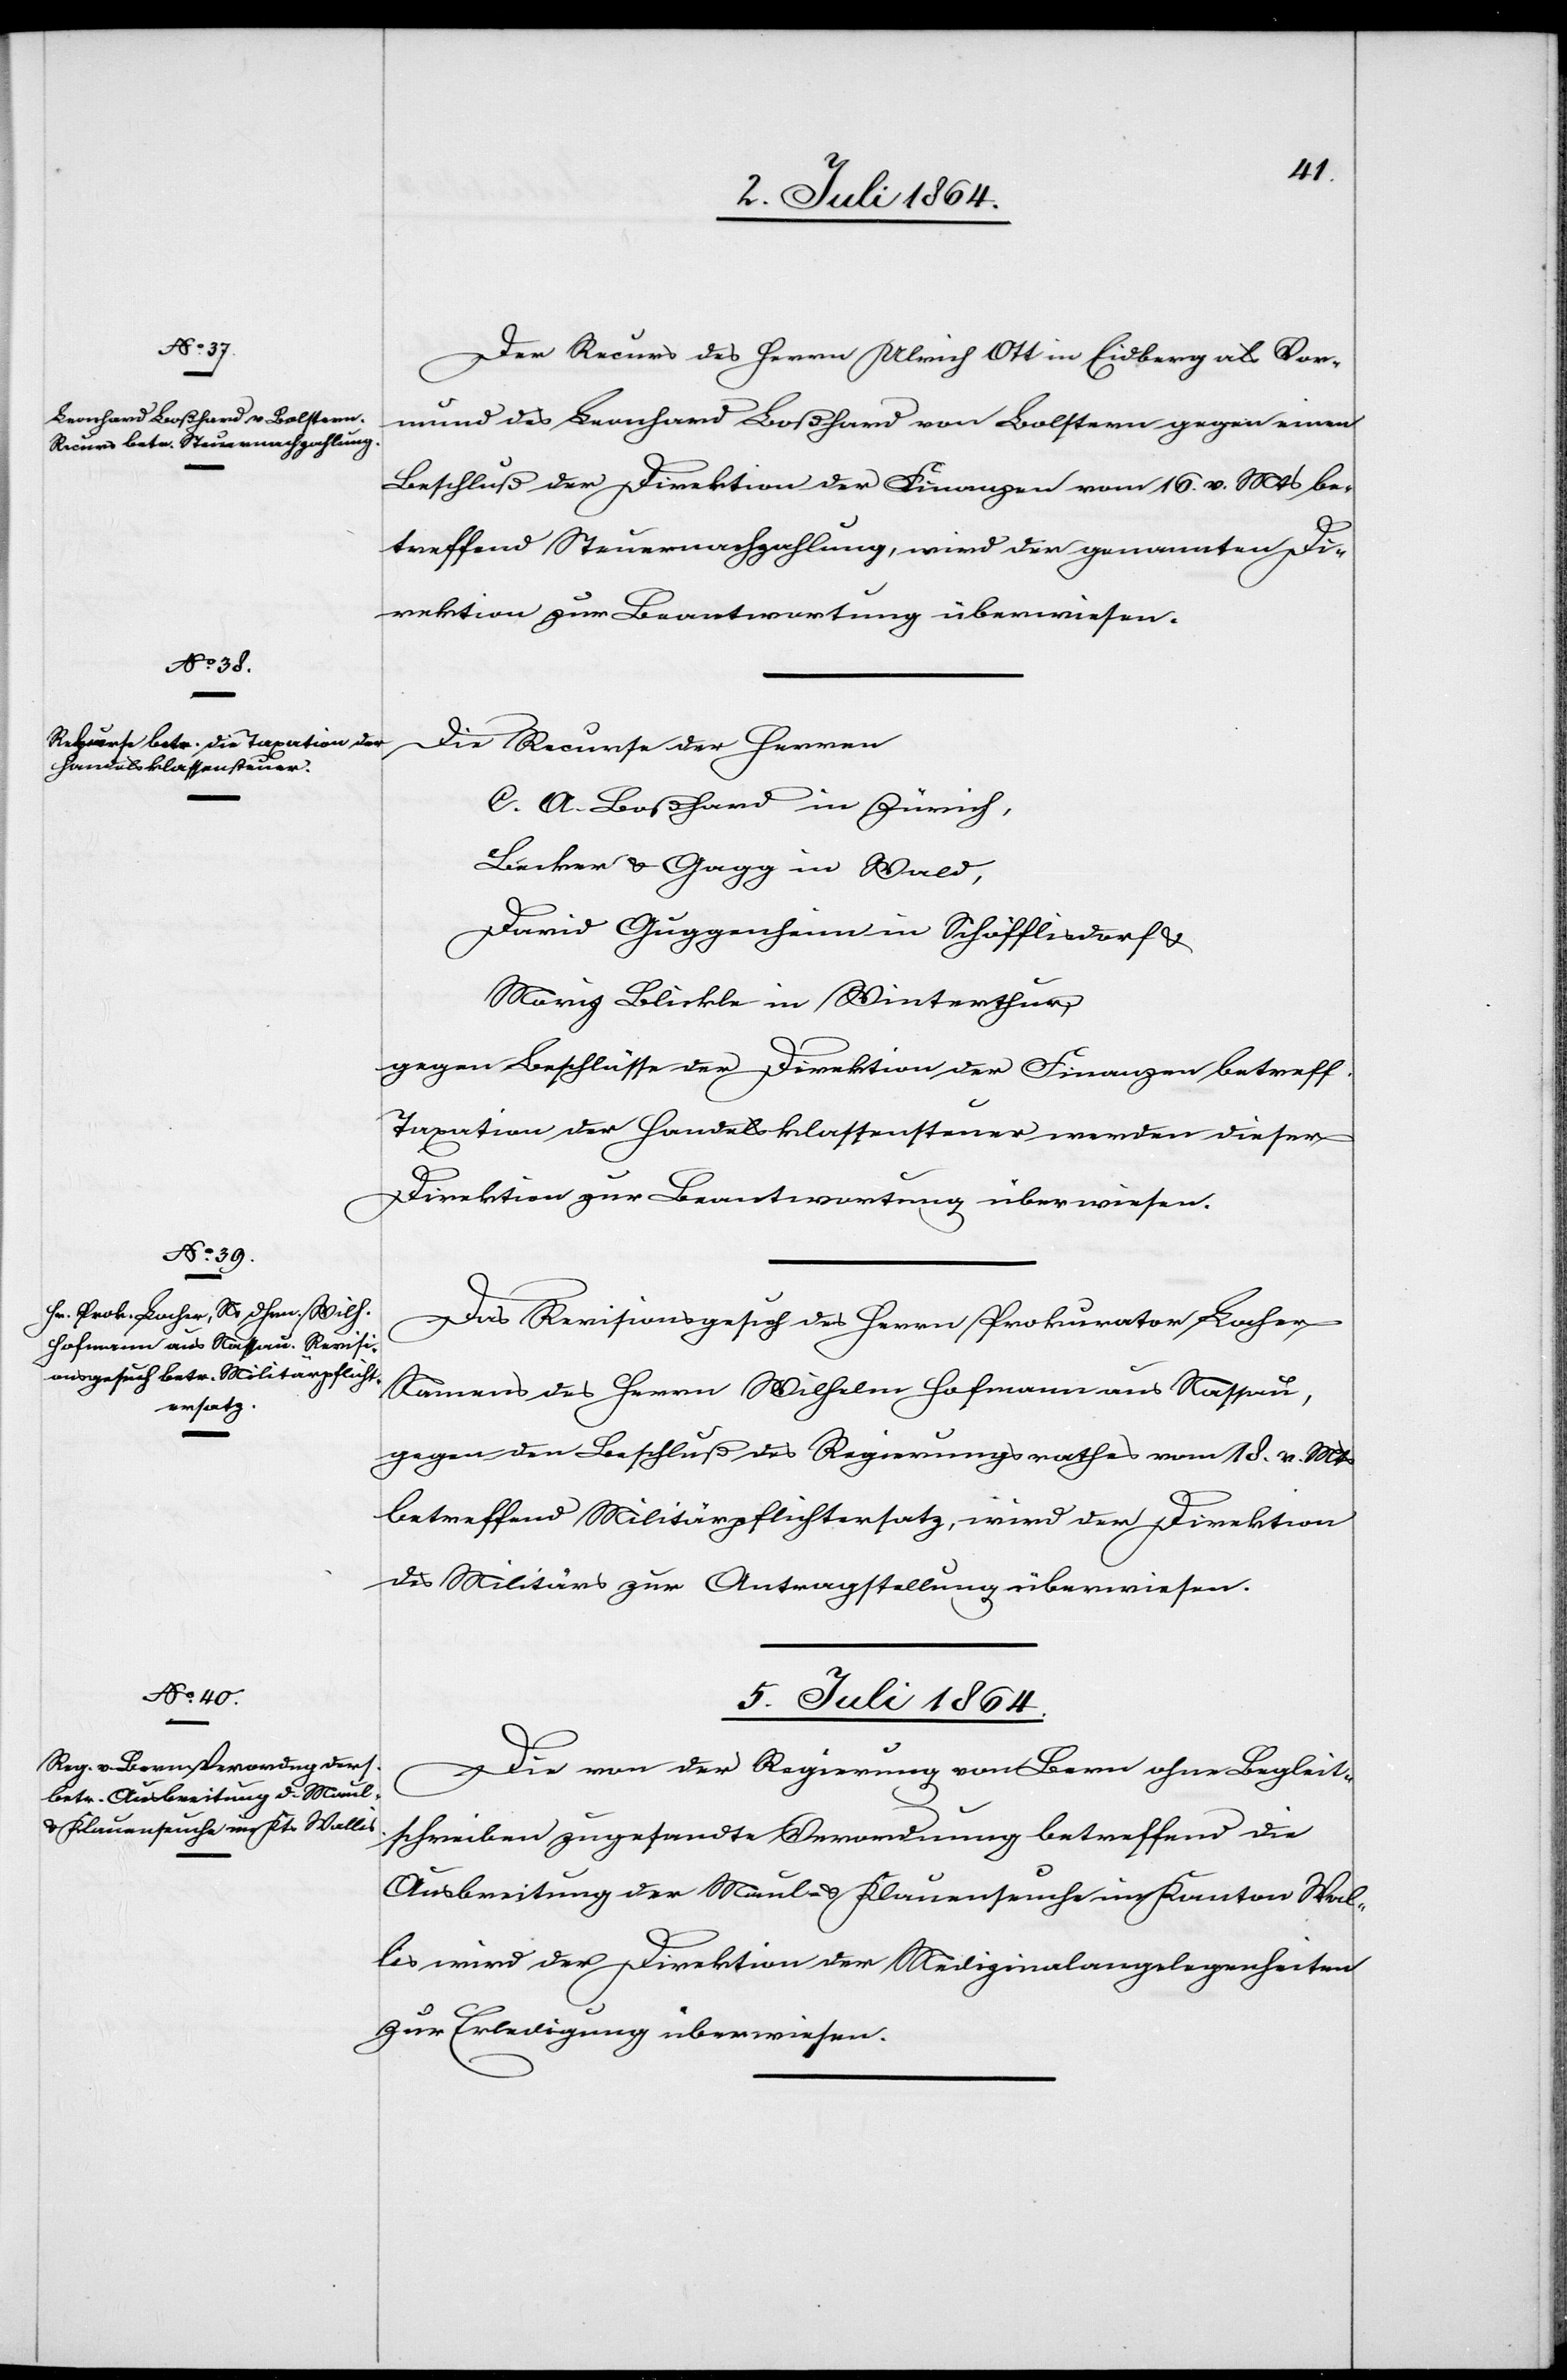
4. Juli 1864.]
Der Recurs des Herrn Ulrich Ott in Eidberg als Vor¬
mund des Bernhard Boßhard von Bolstern gegen einen
Beschluß der Direktion der Finanzen vom 16. v. Mts. be¬
treffend Steuernachzahlung, wird der genannten Di¬
rektion zur Beantwortung überwiesen.
Die Recurse der Herren
C. A. Boßhard in Zürich,
Bäcker u. Gagg in Wald,
David Guggenheim in Schöfflisdorf u.
Moriz Blickle in Winterthur,
gegen Beschlüsse der Direktion der Finanzen betreff.
Taxation der Handelsklassensteuer werden dieser
Direktion zur Beantwortung überwiesen.
Das Revisionsgesuch des Herrn Prokurator Locher
Namens des Herrn Wilhelm Hofmann aus Nassau,
gegen den Beschluß des Regierungsrathes vom 18. v. Mts.
betreffend Militärpflichtersatz, wird der Direktion
des Militärs zur Antragstellung überwiesen.
5. Juli 1864.
Die von der Regierung von Bern ohne Begleit¬
schreiben zugesandte Verordnung betreffend die
Ausbreitung der Maul- u. Klauenseuche im Kanton Wal¬
lis wird der Direktion der Medizinalangelegenheiten
zur Erledigung überwiesen.